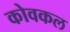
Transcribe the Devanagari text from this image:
कोवकल